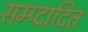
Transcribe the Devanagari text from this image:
सम्प्दादित